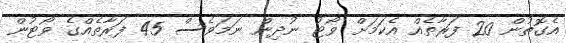
އެގޮތުން 20 ފަރާތެއް އެކަމަށް ވޯޓު ނުދިން ނަމަވެސް 45 ފަރާތެއްގެ ވޯޓުން